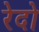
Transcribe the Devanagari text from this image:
रेदो